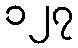
၁၂၇